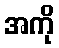
အကို